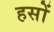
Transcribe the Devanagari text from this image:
हसों